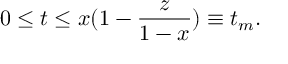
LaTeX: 0 \le t \le x ( 1 - \frac { z } { 1 - x } ) \equiv t _ { m } .